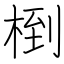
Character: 椡